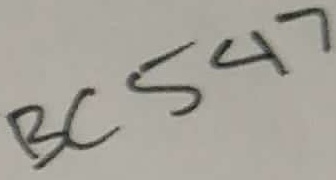
Text: BC547